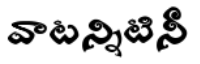
వాటన్నిటినీ